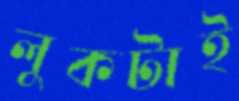
লুকটাই